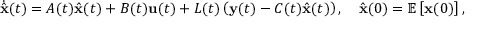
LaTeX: { \dot { \hat { \mathbf { x } } } } ( t ) = A ( t ) { \hat { \mathbf { x } } } ( t ) + B ( t ) { \mathbf { u } } ( t ) + L ( t ) \left( { \mathbf { y } } ( t ) - C ( t ) { \hat { \mathbf { x } } } ( t ) \right) , \quad { \hat { \mathbf { x } } } ( 0 ) = \mathbb { E } \left[ { \mathbf { x } } ( 0 ) \right] ,